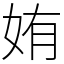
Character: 姷